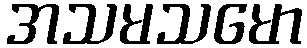
အသမသမော